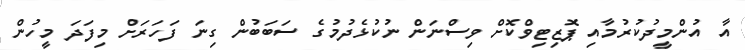
އާ އުންމީދުކުރުމާއި ޕޮޒިޓިވްކޮށް ވިސްނަން ނުކުޅެދުމުގެ ސަބަބުން ގިނަ ފަހަރަށް މިފަދަ މީހުން